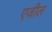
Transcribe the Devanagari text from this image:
एजील